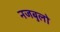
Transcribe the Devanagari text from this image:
नजबुलो